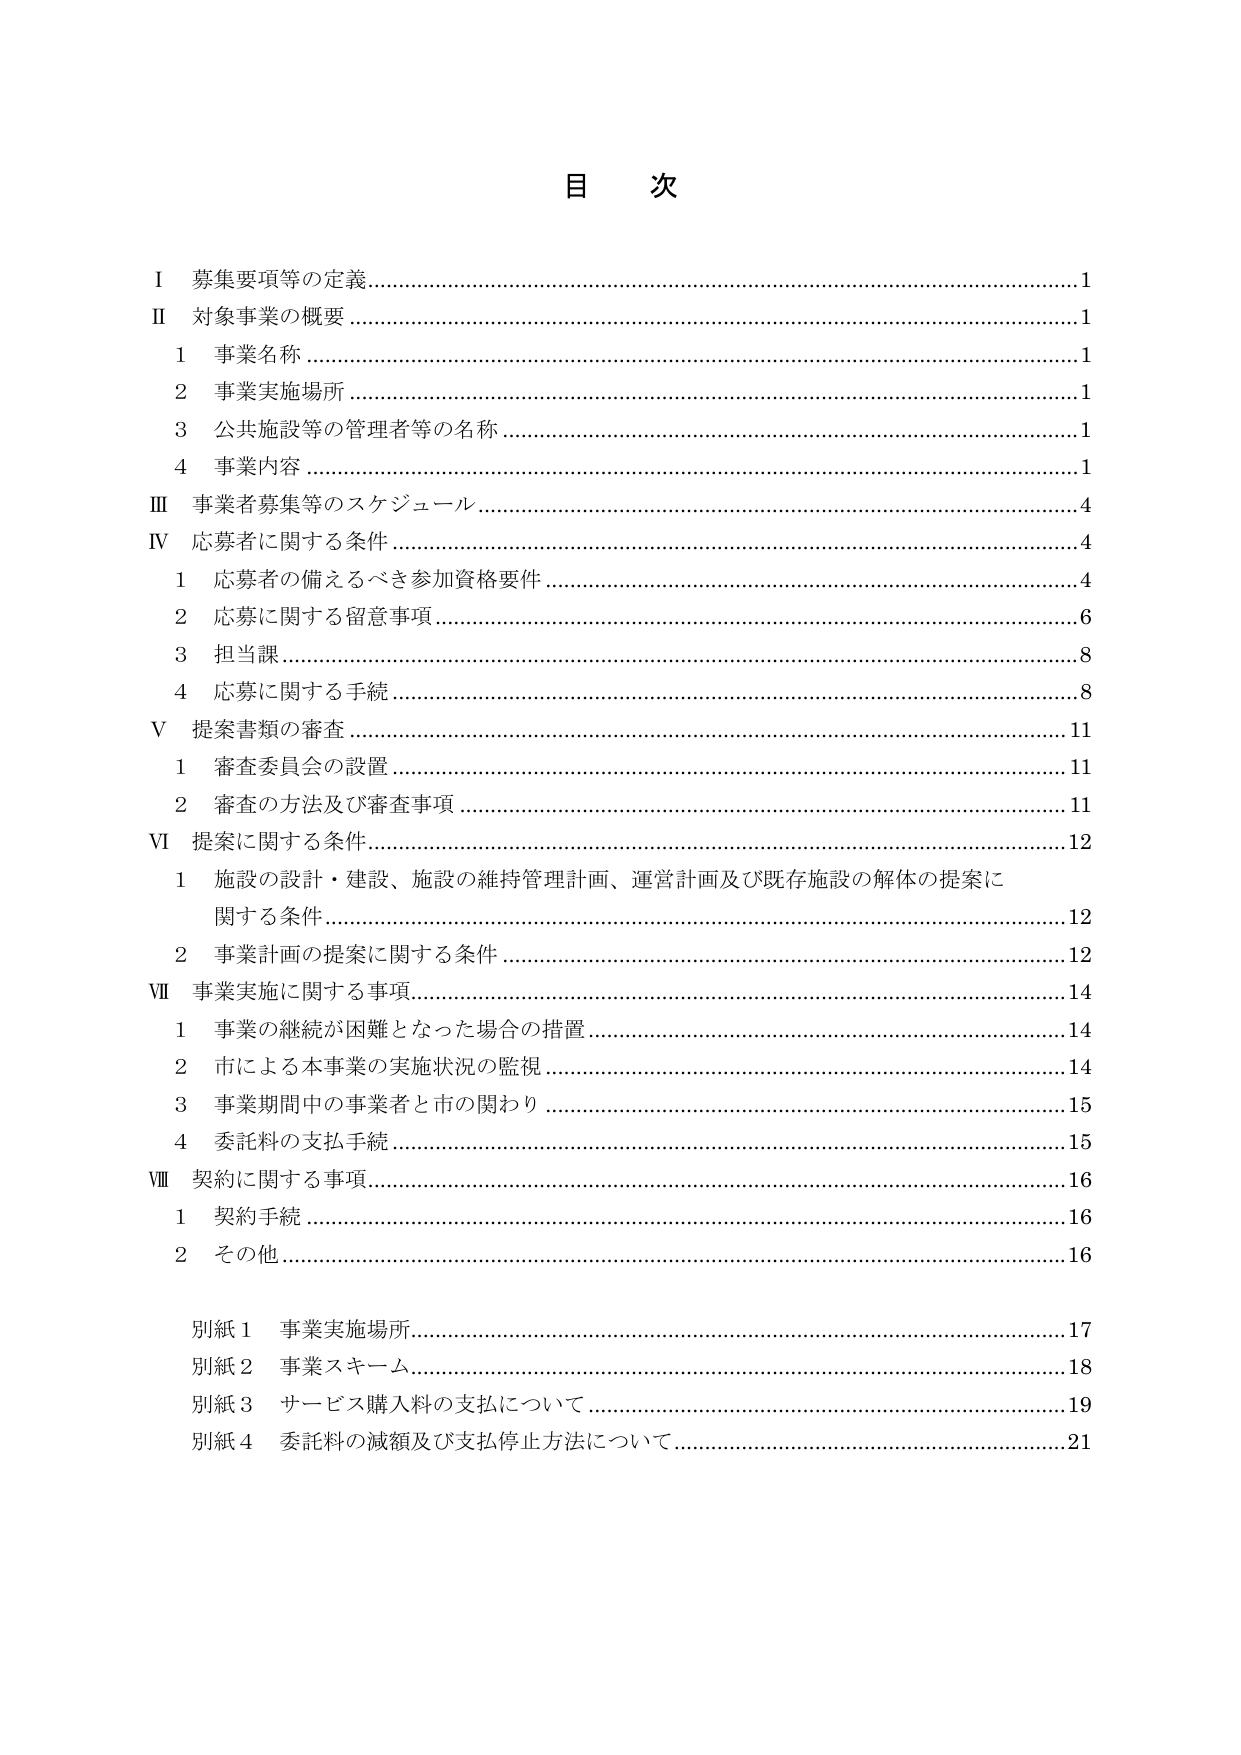
目 次

Ⅰ 募集要項等の定義………………………………………………………………………1
Ⅱ 対象事業の概要…………………………………………………………………………1
　1 事業名称………………………………………………………………………………1
　2 事業実施場所…………………………………………………………………………1
　3 公共施設等の管理者等の名称………………………………………………………1
　4 事業内容………………………………………………………………………………1
Ⅲ 事業者募集等のスケジュール…………………………………………………………4
Ⅳ 応募者に関する条件……………………………………………………………………4
　1 応募者の備えるべき参加資格要件…………………………………………………4
　2 応募に関する留意事項………………………………………………………………6
　3 担当課…………………………………………………………………………………8
　4 応募に関する手続……………………………………………………………………8
Ⅴ 提案書類の審査………………………………………………………………………11
　1 審査委員会の設置……………………………………………………………………11
　2 審査の方法及び審査事項……………………………………………………………11
Ⅵ 提案に関する条件……………………………………………………………………12
　1 施設の設計・建設、施設の維持管理計画、運営計画及び既存施設の解体の提案に関する条件……………………………………………………………………12
　2 事業計画の提案に関する条件………………………………………………………12
Ⅶ 事業実施に関する事項………………………………………………………………14
　1 事業の継続が困難となった場合の措置……………………………………………14
　2 市による本事業の実施状況の監視…………………………………………………14
　3 事業期間中の事業者と市の関わり…………………………………………………15
　4 委託料の支払手続……………………………………………………………………15
Ⅷ 契約に関する事項……………………………………………………………………16
　1 契約手続………………………………………………………………………………16
　2 その他…………………………………………………………………………………16

別紙1 事業実施場所……………………………………………………………………17
別紙2 事業スキーム……………………………………………………………………18
別紙3 サービス購入料の支払について………………………………………………19
別紙4 委託料の減額及び支払停止方法について……………………………………21